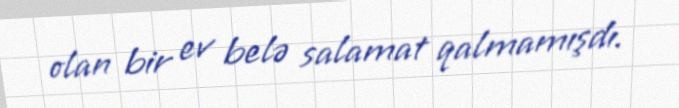
olan bir ev belə salamat qalmamışdı.